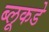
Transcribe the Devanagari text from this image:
ब्लूकडे